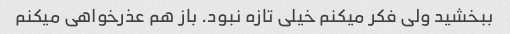
ببخشید ولی فکر میکنم خیلی تازه نبود. باز هم عذرخواهی میکنم